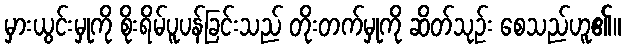
မှားယွင်းမှုကို စိုးရိမ်ပူပန်ခြင်းသည် တိုးတက်မှုကို ဆိတ်သုဉ်း စေသည်ဟူ၏။